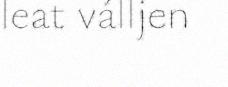
leat válljen